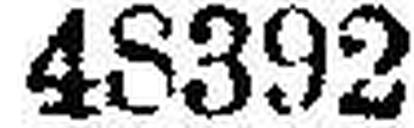
48392